Lunatic asylums United Prov. 1922-30 - 1922-1930
Year: 1922
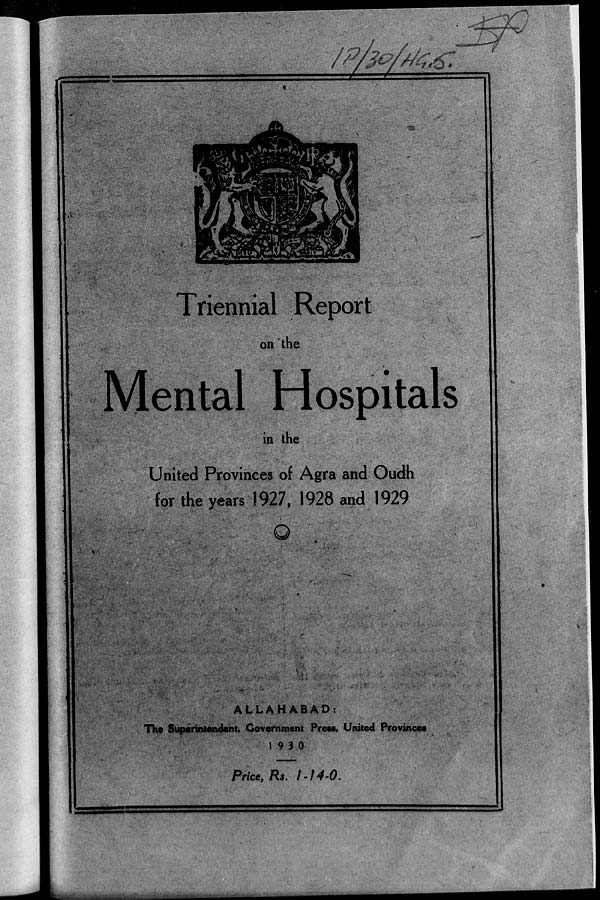
Triennial Report
on the
Mental Hospitals
in the
United Provinces of Agra and Oudh
for the years 1927, 1928 and 1929
ALLAHABAD:
The Superintendent, Government Press, United Provinces
1930
Price, Rs.
1-14-0.